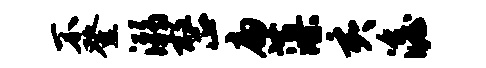
不登溺整扁藻亥澹